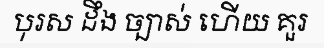
បុរស ដឹង ច្បាស់ ហើយ គួរ